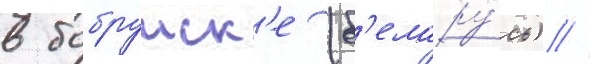
в бобруиск'е (б'елару́сь) //